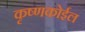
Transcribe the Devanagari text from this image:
कृष्णकोईल